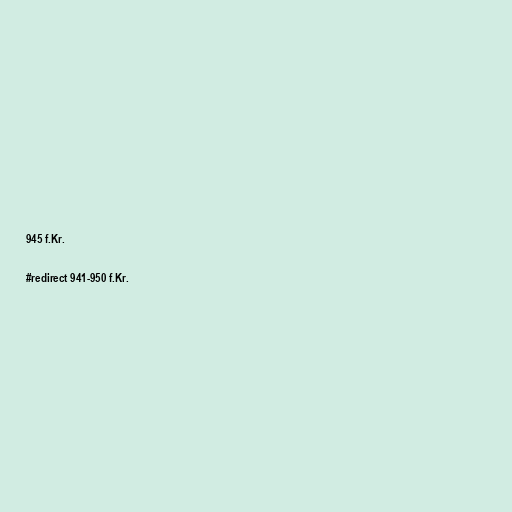
945 f.Kr.

#redirect 941-950 f.Kr.